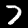
Label: 7